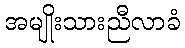
အမျိုးသားညီလာခံ